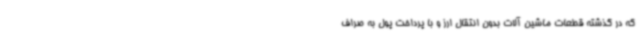
که در گذشته قطعات ماشین آلات بدون انتقال ارز و با پرداخت پول به صراف